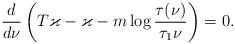
LaTeX: \begin{align*} \frac{d}{d\nu}\left(T\varkappa - \varkappa - m\log\frac{\tau(\nu)}{\tau_1\nu}\right) =0.\end{align*}